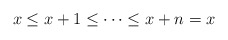
\begin{align*} x\leq x+1\leq\cdots\leq x+n=x \end{align*}